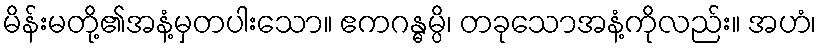
မိန်းမတို့၏အနံ့မှတပါးသော။ ဧကဂန္ဓမ္ပိ၊ တခုသောအနံ့ကိုလည်း။ အဟံ၊